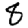
Digit: 8